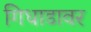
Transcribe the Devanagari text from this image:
गिधाडावर